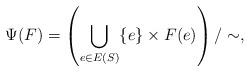
LaTeX: \begin{align*} \Psi(F)= \left(\bigcup_{e\in E(S)}\{e\}\times F(e)\right)/\sim,\end{align*}